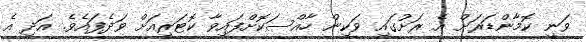
ވަނީ ކޮމާންޑަރަށް އެ ރަށުގައި ވަކިން ހާއްސަކޮށްފައިވާ ކޮޓަރިއަށް ވަދެފައެވެ. އަދި އެ